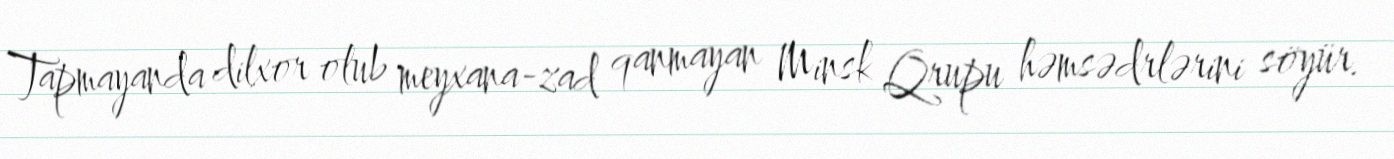
Tapmayanda dilxor olub meyxana-zad qanmayan Minsk Qrupu həmsədrlərini söyür.